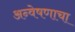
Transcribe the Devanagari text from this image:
अन्वेषणाचा